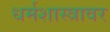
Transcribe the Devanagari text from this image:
धर्मशास्त्रावर